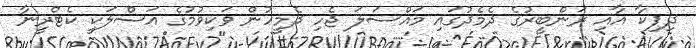
ދިޕިކާ އާއި ރަންބީރުގެ ދެމެދުގައި މައްސަލަ ޖެހި ދެމީހުން ވަކިވުމުގެ އަސްލަކީ ކެޓްރީނާ